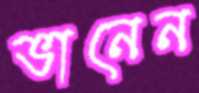
ভানেন